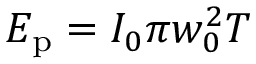
E _ { \mathrm { p } } = I _ { 0 } { \pi w _ { 0 } ^ { 2 } T }